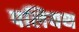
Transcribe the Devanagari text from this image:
पलियथ